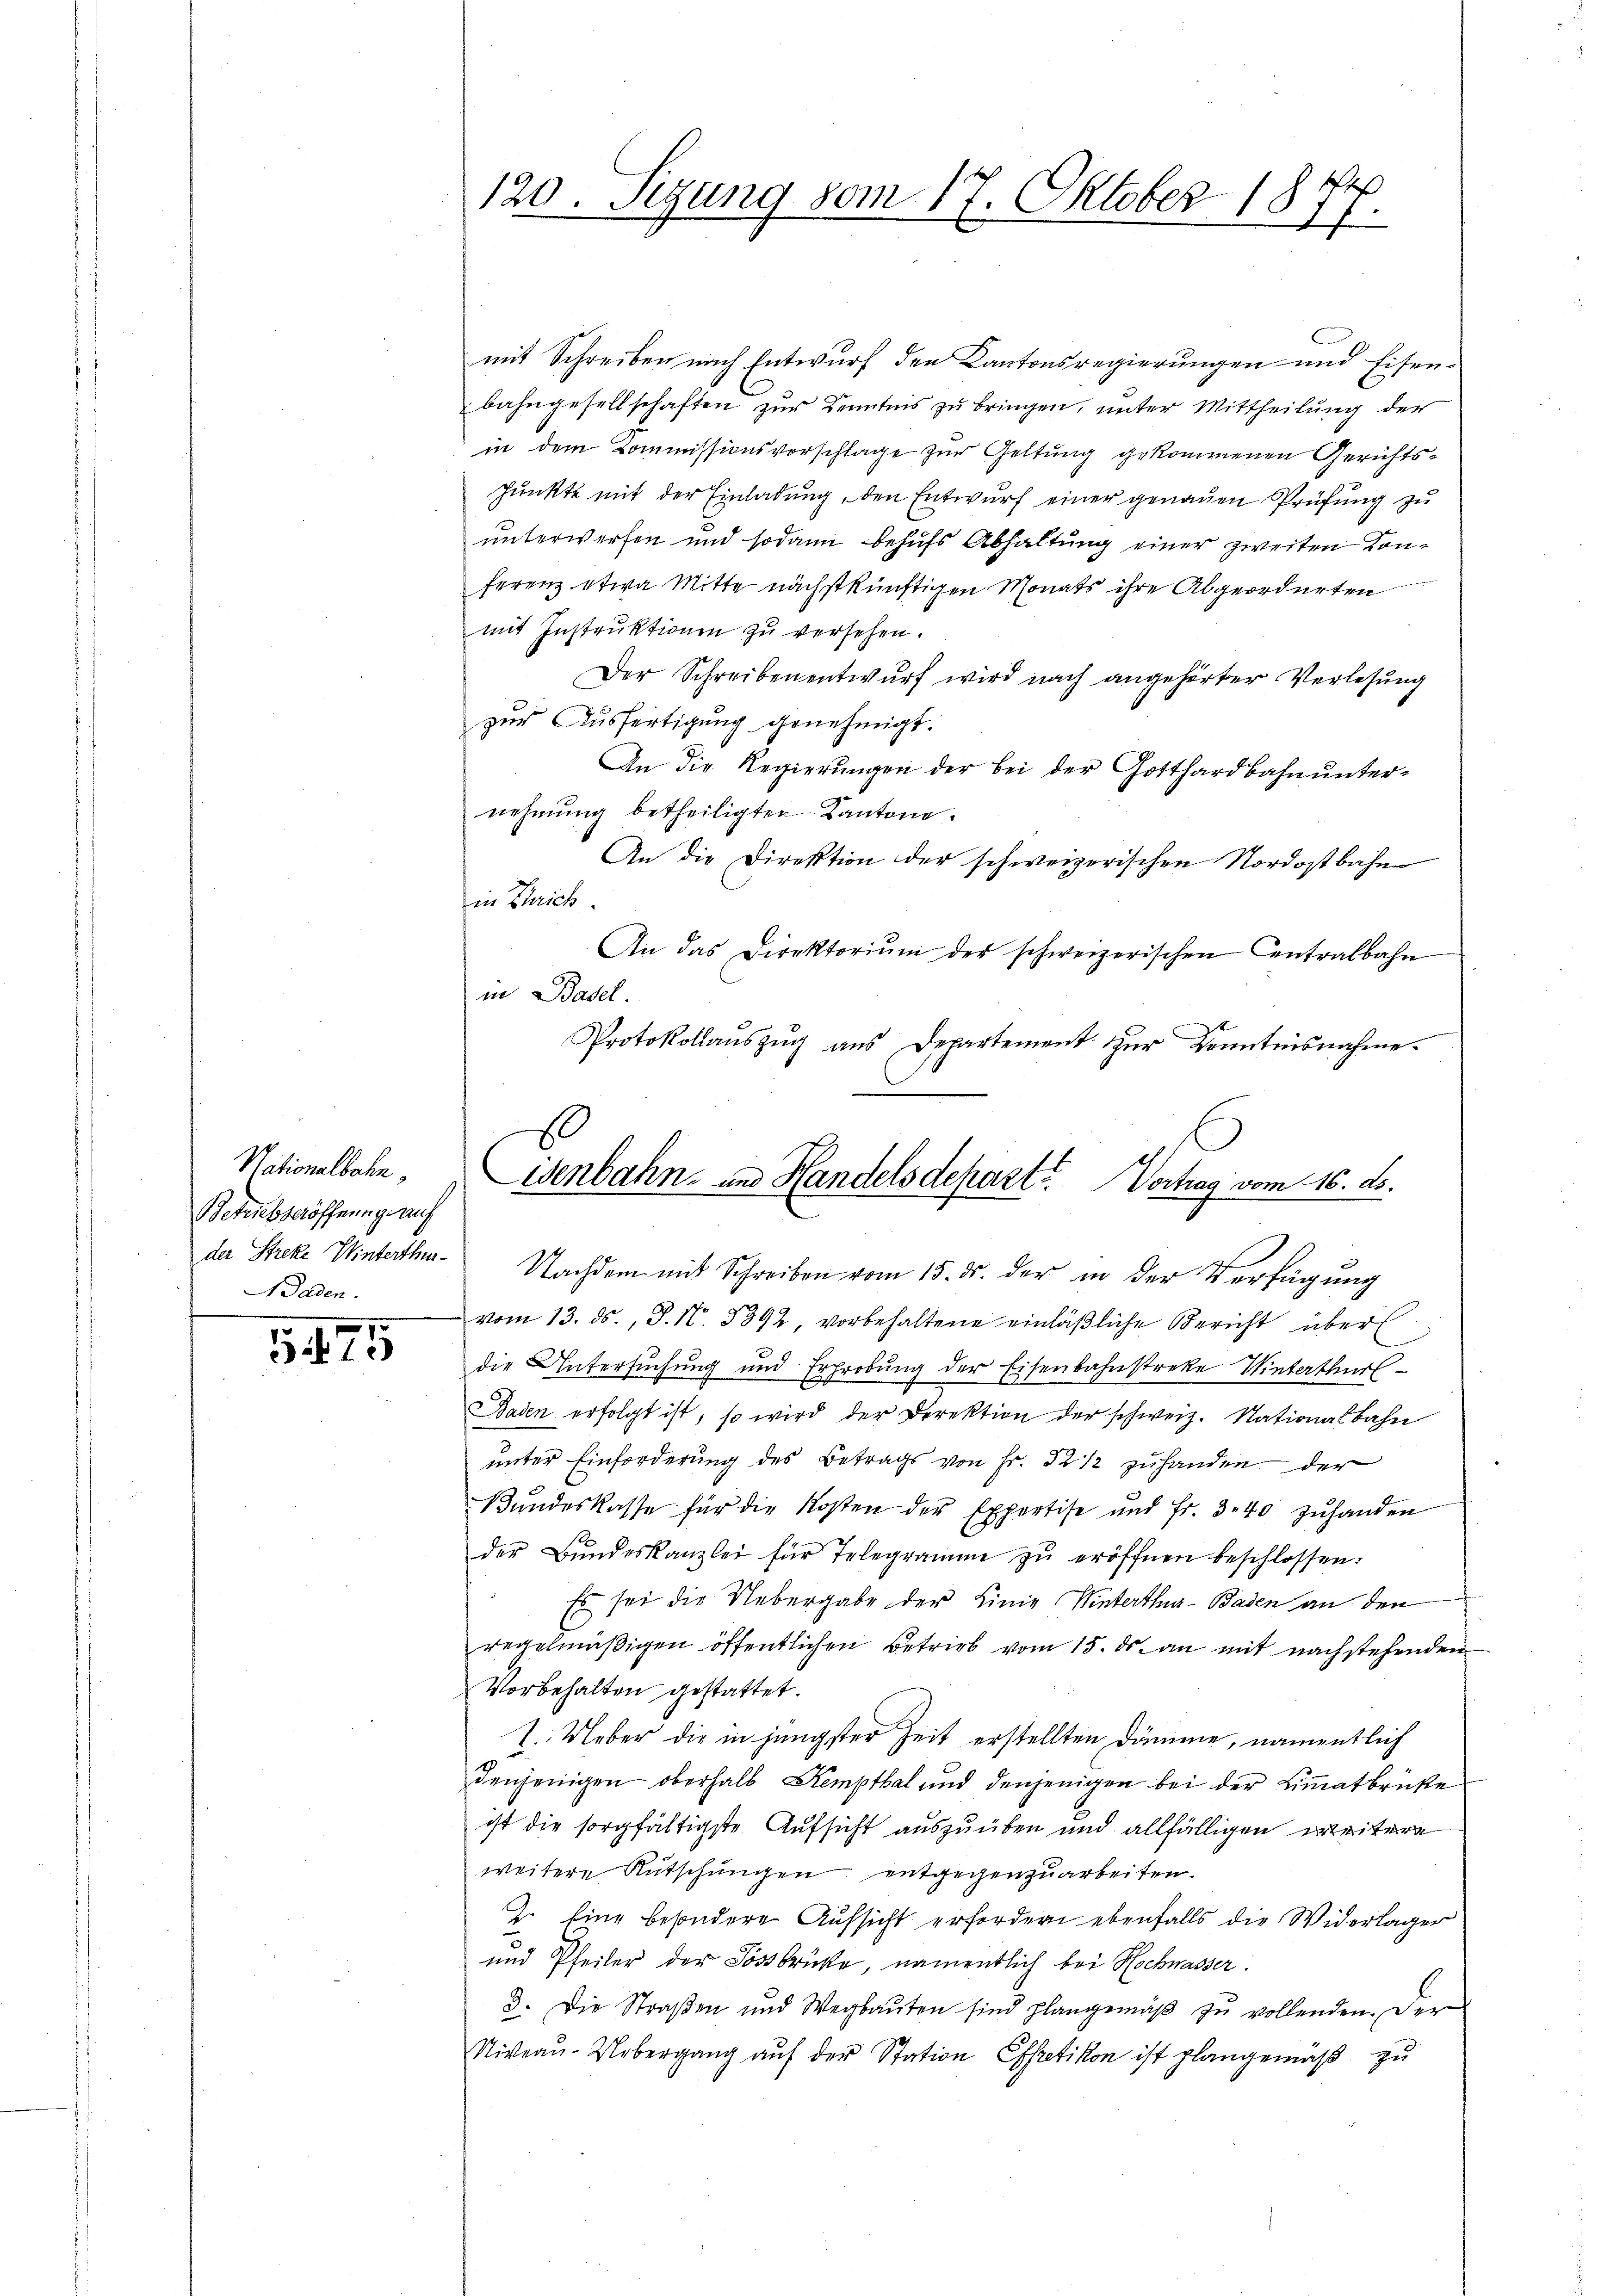
Nationalbahn,
Betriebseröffnung auf
Baden.

313

120. Sizung vom 17. Oktober 1877.

mit Schreiben nach Entwurf den Kantonsregierungen und Eisen-
bahngesellschaften zur Kenntnis zu bringen, unter Mittheilung der
in dem Commissionsvorschlage zur Geltung gekommenen Gerichts¬
Punkte mit der Einladung, den Entwurf einer genauen Prüfung zu
unterwerfen und sodann behufs Abhaltung einer zweiten Konferenz etwa Mitte nächstkünftigen Monats ihre Abgeordneten
mit Instruktionen zu versehen.
Der Schreibenentwurf wird nach angehörter Verlesung
zur Ausfertigung genehmigt.
An die Regierungen der bei der Gotthardbahn unternehmung betheiligten Kantone.
An die Direktion der schweizerischen Nordostbahn
in Zürich.
An das Direktoriŭm der schweizerischen Centralbahn
in Basel.
Protokollauszug aus Departement zur Kenntnisnahme.
vom 13. ds., S. N. 5892, vorbehaltene einläßliche Bericht über
die Untersuchung und Erprobung der Eisenbahnstreke Winterthur
Baden erfolgt ist, so wird der Direktion der schweiz. Nationalbahn
unter Einforderung des Betrags von Fr. 3 1/2 zuhanden der
Bŭndeskasse für die Kosten der Expertise und Fr. 3.40 zŭhanden
der Bŭndeskanzlei für Telegramme zŭ eröffnen beschlossen:
Es sei die Uebergabe der Linie Winterthur–Baden an den
regelmäβigen öffentlichen Betrieb vom 15. ds. an mit nachstehenden
Vorbehalten gestattet.
1. Ueber die in jüngster Zeit erstellten Dämme, namentlich
denjenigen oberhalb Kempthal und denjenigen bei der Limmatbrücke
ist die sorgfältigste Aufsicht auszuüben und allfälligen weitere
weitere Rutschungen entgegenzuarbeiten.
2. Eine besondere Aufsicht erfordern ebenfalls die Widerlager
und Pfeiler der Sössbrücke, namentlich bei Hochwasser.
3. Die Straβen und Wegbaŭten sind plangemäβ zŭ vollenden. Der
Niveau-Uebergang aŭf der Station Effretikon ist plangemäß zu

isenbahn- und Handelsdepart? Vortrag vom 16. ds.
de Strecke Winterthun. Nachdem mit Schreiben vom 15. ds. der in der Verfügung